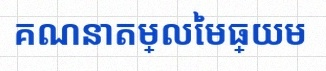
គណនាតម្លៃមធ្យម